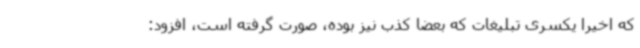
که اخیرا یکسری تبلیغات که بعضا کذب نیز بوده، صورت گرفته است، افزود: